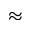
\approx